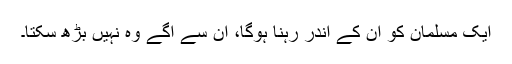
ایک مسلمان کو ان کے اندر رہنا ہوگا، ان سے آگے وہ نہیں بڑھ سکتا۔